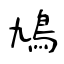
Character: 鳩